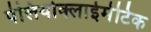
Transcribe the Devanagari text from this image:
पेलियोक्लाईमेटिक